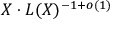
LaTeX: X \cdot L ( X ) ^ { - 1 + o ( 1 ) }